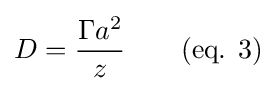
D={\frac {\Gamma a^{2}}{z}}\qquad {\text{(eq. 3)}}